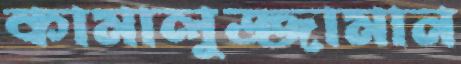
কামালুজ্জামান